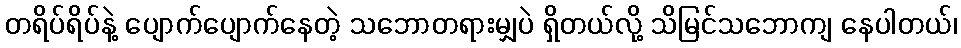
တရိပ်ရိပ်နဲ့ ပျောက်ပျောက်နေတဲ့ သဘောတရားမျှပဲ ရှိတယ်လို့ သိမြင်သဘောကျ နေပါတယ်၊